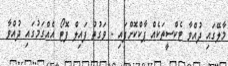
މާލޭގައި ދުއްވާ ޓެކްސީތަކެއް ޕާކްކޮށްފައި - ވަގުތު ފައިލް ފޮޓޯ އެއްގަމުގައި ދުއްވާ